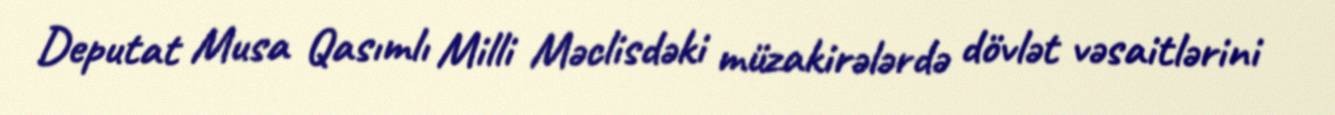
Deputat Musa Qasımlı Milli Məclisdəki müzakirələrdə dövlət vəsaitlərini